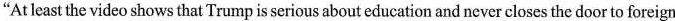
“At least the video shows that Trump is serious abouteducation and never closes the door to foreign